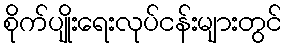
စိုက်ပျိုးရေးလုပ်ငန်းများတွင်